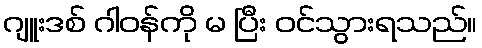
ဂျူးဒစ် ဂါဝန်ကို မ ပြီး ဝင်သွားရသည်။